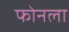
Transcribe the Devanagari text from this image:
फोनला